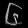
Digit: ၆